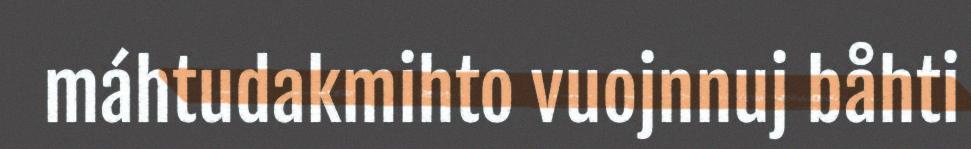
máhtudakmihto vuojnnuj båhti